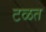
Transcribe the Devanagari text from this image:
टळत